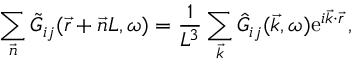
\sum _ { \vec { n } } \Tilde { G } _ { i j } ( \vec { r } + \vec { n } L , \omega ) = \frac { 1 } { L ^ { 3 } } \sum _ { \vec { k } } \Hat { G } _ { i j } ( \vec { k } , \omega ) \mathrm { e } ^ { i \vec { k } \cdot \vec { r } } \, ,